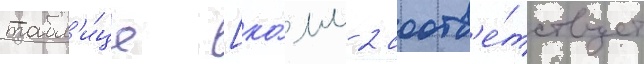
табл'и́це [ко́мм 2 соотв'е́тствует